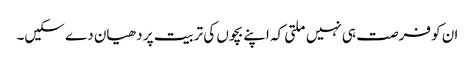
ان کو فرصت ہی نہیں ملتی کہ اپنے بچوں کی تربیت پر دھیان دے سکیں۔